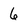
Character: 6